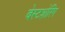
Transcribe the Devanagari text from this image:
बेस्टशोरिंग